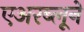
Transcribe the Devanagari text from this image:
एअरब्लूने